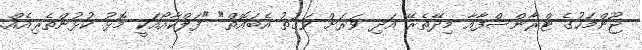
ޖޫންމަހުގެ ޓްރާންސްފާއާ މިދޭތެރޭ އަދި ވަރަށް ވަގުތު އެބައޮތް" "ފަލްކާއޯއަކީ މޮޅު ކުޅުންތެރިއެއް.